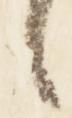
々